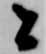
者